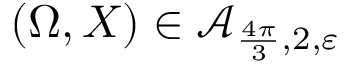
( \Omega , X ) \in \mathcal A _ { \frac { 4 \pi } { 3 } , 2 , \varepsilon }